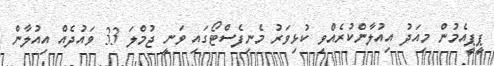
ޕީޕީއެމުން މިއަދު އިއުލާންކުރެއްވި ކުޅިވަރު މެނިފެސްޓޯގައި ވަނީ ޖުމްލަ 33 ވައުދެއް އިއުލާން